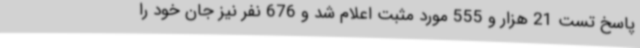
پاسخ تست 21 هزار و 555 مورد مثبت اعلام شد و 676 نفر نیز جان خود را